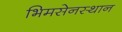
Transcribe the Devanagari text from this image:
भिमसेनस्थान